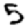
Digit: 5